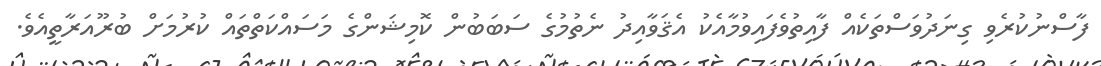
ފާސްނުކުރެވި ގިނަދުވަސްތަކެއް ފާއިތުވެފައިވުމާއެކު އެޤަވާއިދު ނެތުމުގެ ސަބަބުން ކޮމިޝަންގެ މަސައްކަތްތައް ކުރުމަށް ބުރޫއަރާތީއެވެ.